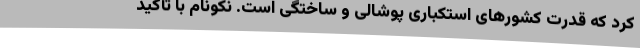
کرد که قدرت کشورهای استکباری پوشالی و ساختگی است. نکونام با تأکید